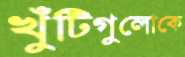
খুঁটিগুলোকে